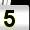
Digit: 5